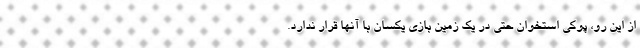
از این رو، پوکی استخوان حتی در یک زمین بازی یکسان با آنها قرار ندارد.